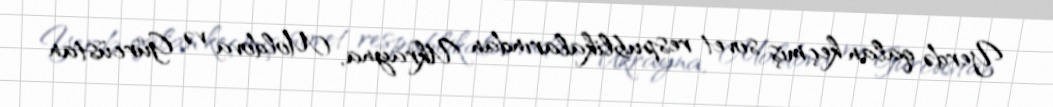
Yerdə qalan keçmiş sovet respublikalarından Ukrayna, Moldova və Gürcüstan